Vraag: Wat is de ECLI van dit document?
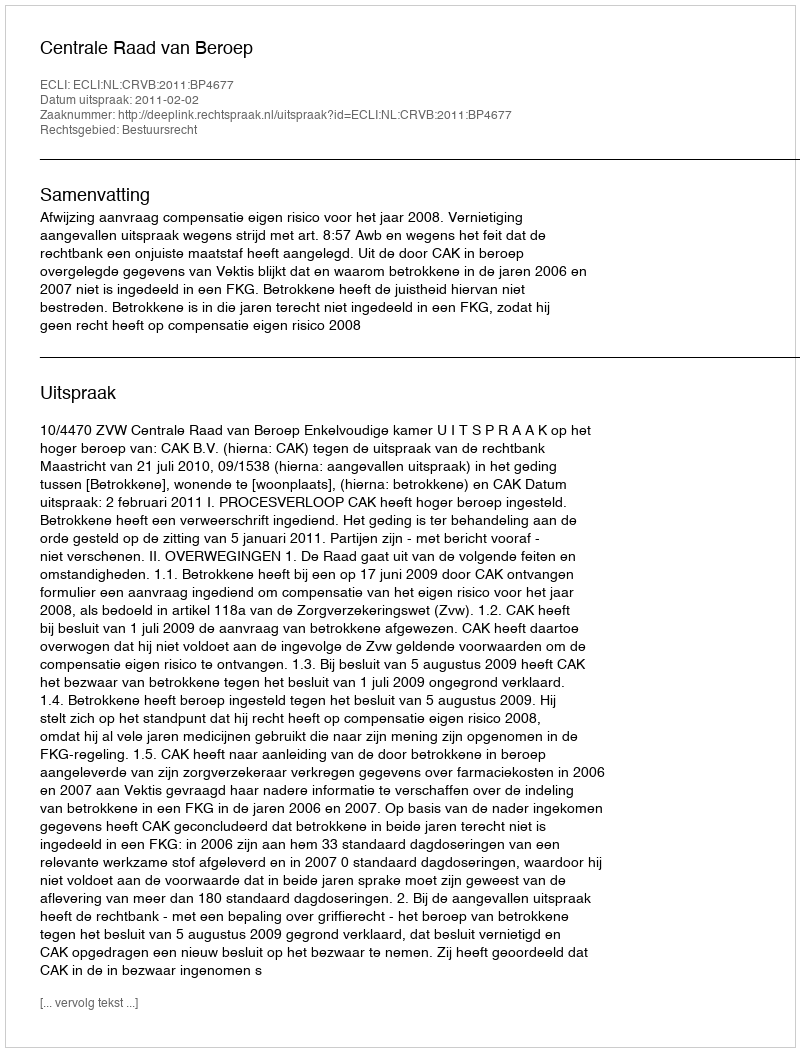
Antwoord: ECLI:NL:CRVB:2011:BP4677